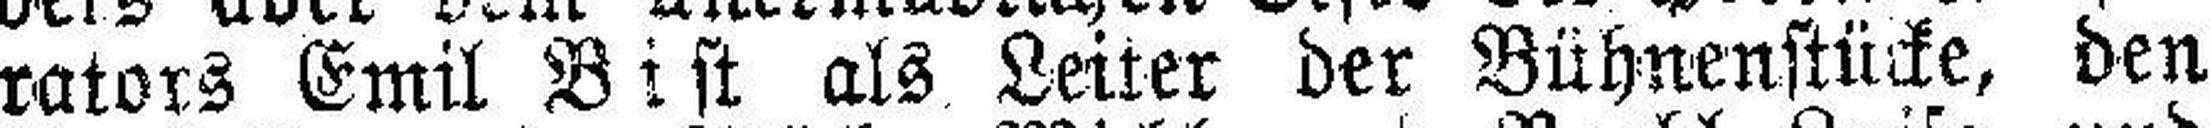
rators Emil Bist als Leiter der Bühnenstücke, den